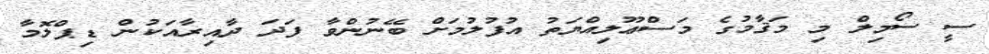
ސީ ސޯމިލް މި މަޤާމުގެ މަސްޢޫލިއްޔަތު އުފުލުމަށް ބޭނުންވާ ފަދަ ދާއިރާއަކުން ޑިޕްލޮމާ